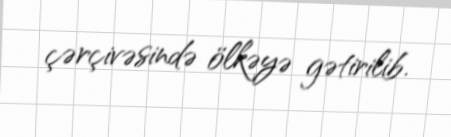
çərçivəsində ölkəyə gətirilib.